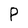
Character: P